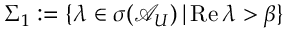
\Sigma _ { 1 } : = \{ \lambda \in \sigma ( \mathcal { A } _ { U } ) \, | \, \mathrm { R e } \, \lambda > \beta \}